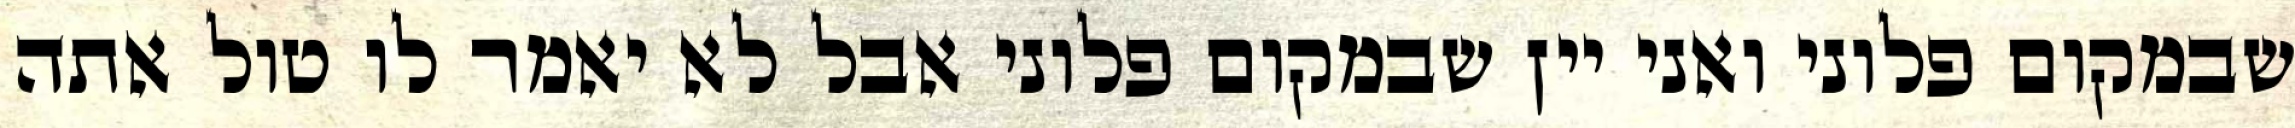
שבמקום פלוני ואני יין שבמקום פלוני אבל לא יאמר לו טול אתה